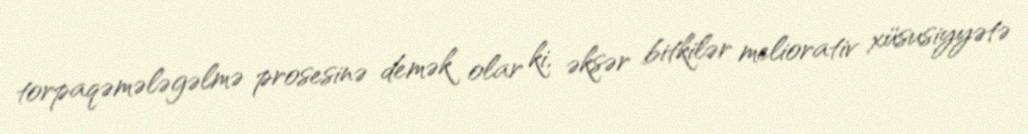
torpaqəmələgəlmə prosesinə demək olar ki, əksər bitkilər meliorativ xüsusiyyətə